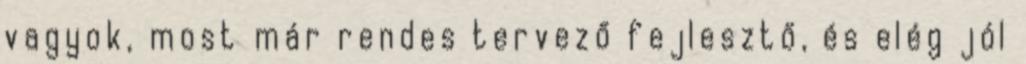
vagyok, most már rendes tervező fejlesztő, és elég jól